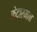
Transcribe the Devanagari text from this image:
केदारमान